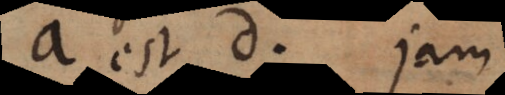
a est d. Jam